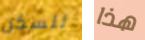
للسكن هذا